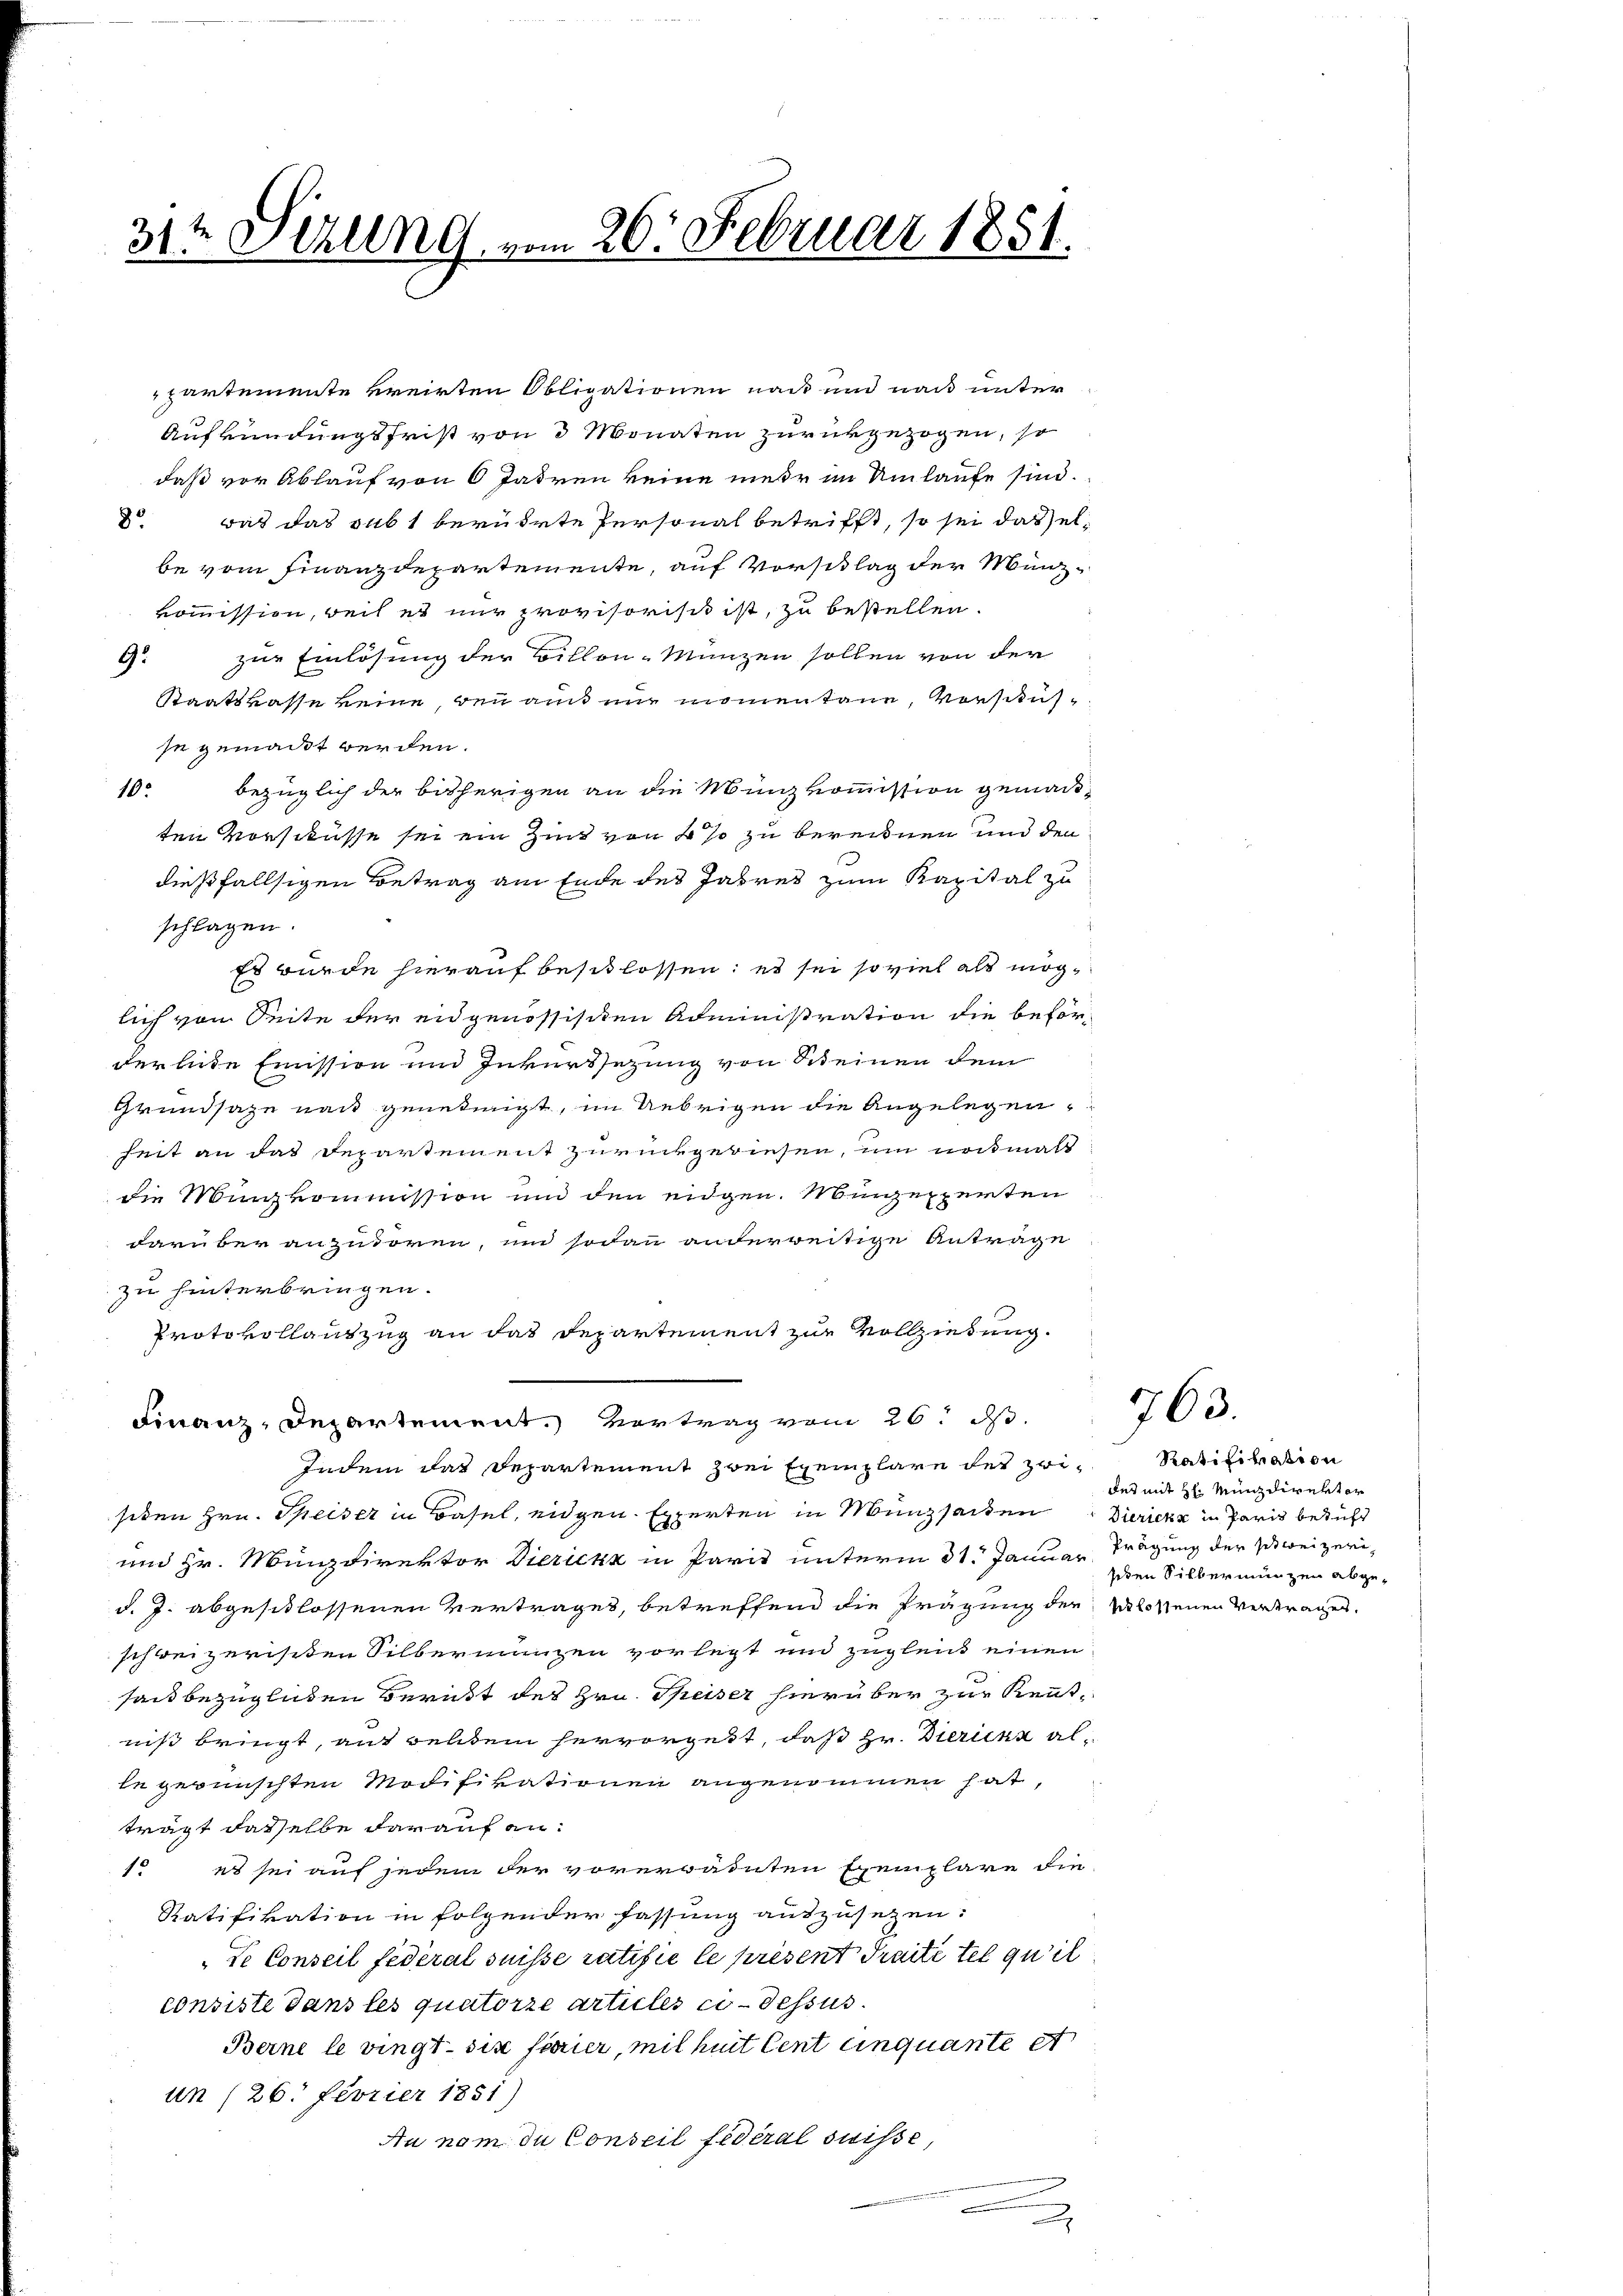
te
31. AUlln G. vom 20. Februar 1851.

partemente kreirten Obligationen nach und nach unter
Aufkündungsfrist von 3 Monaten zurückgezogen, so
daß vor Ablauf von 6 Jahren keine mehr im Umlaufe sind.
das das subt berührte Personal betrifft, so sei das el¬
82
be vom Finanzdepartemente, auf Vorschlag der Münzkommission, weil es nur provisorisch ist, zu bestellen.
G. zur Einlösung der Billon-Münzen sollen von der
Staatskasse keine, den aus nur momen töne, Versausse gemadt werden.
10. bezüglich der bisherigen an die Münzkommission gemac-
ten Vorschusse sei ein Zint von 4 so zu bereinen und den
dießfallsigen Betrag am Ende des Jahres zum Kapital zu
schlagen.
Es wurde hierauf beschlossen; es sei so viel als möglich von Seite der eidgenössischen Administration die beförderlinde Emission und Inkurssezung von Steinen dem
Grundsaze nach genehmigt, im Uebrigen die Angelegen,
heit an das Departement zurückgewiesen, um nochmals
die Minkommission und den eidgen. Münzexperten
darüber anzudoren, um sodann anderweitige Antrage
zu hinterbringen.
Protokollantzug an das Departement zur Vollziehung.
Finanz-Departement. Vortrag vom 26. ds.
Indem das Departement zwei Exemplare des zwisiden Hrn. Speiser in Basel, eidgen. Experten in Münzsaden Dierienz in Paris besicht
und Hr. Münzdirektor Dicrick in Paris unterm 31. Januar Tragung der schweizerid. J. abgeschlossenen Vertrages, betreffend die Prägung der Klotenen Vertrages
schweizerischen Silbernanzen vorlegt und zugleich einen
sant bezüglichen Beruht des Hrn. Speiser hierüber zur Rentniß bringt, auf geltem hervorgest, daß Hr. Dierika alle gewünschten Modifikationen angenommen hat,
trägt dasselbe darauf an¬
1o es sei auf jedem der vorerwähnten Exemplare die
Ratifikation in folgender fassung auszusetzen:
de Conseil federal suisse ratifié le présent Traité tel qu’il
consiste dans les quatorze articles ci-dessus
Berne le vingt six farier, mit heit Cent cinquante et
un (26. Ferier 1851)
Au nom du Conseil fédéral Suisse,

763.

Ratifikation
des mit H: Münzdirektor
schen Silbermünzen abge¬